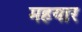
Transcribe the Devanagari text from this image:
महयार